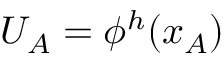
U _ { A } = \phi ^ { h } ( x _ { A } )